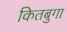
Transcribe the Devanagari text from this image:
कितबुगा